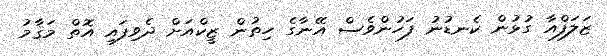
ޒަލަފްއާ ގުޅުން ކެނޑުނު ފަހުންވެސް އޭނާގެ ހިތުން ޒީކްއަށް ދެވިފައި އޮތް މަޤާމު